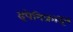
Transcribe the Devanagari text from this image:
इपेनिफ्राइन